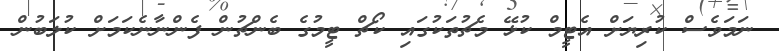
ނަމަވެސް ކުރިޔަށް އެޓީމް ކުޅޭ މެޗުތަކުގައި ކޯޗް ޓީމުގެ ބެންޗުން ފެންނާނެކަމަށް ކުލަބުން